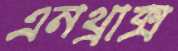
এনথ্রাক্স